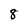
Character: 8